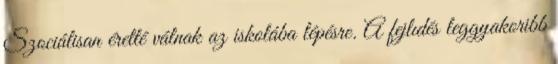
Szociálisan éretté válnak az iskolába lépésre. A fejlıdés leggyakoribb